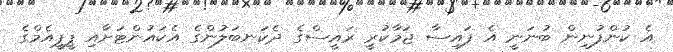
އެ ކުންފުނިން ބުނަނީ އެ ފައިސާ ޖަމާކުރީ ރައީސްގެ ދެކަނބަލުންގެ އެކައުންޓަށާއި ޕީޕީއެމްގެ